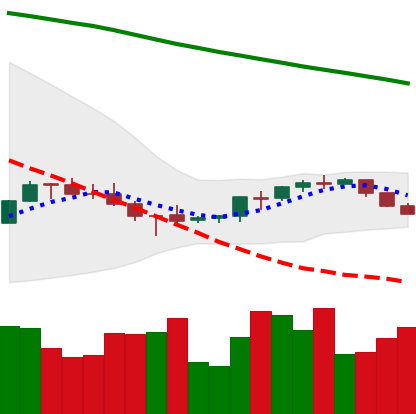
Ticker: BNB-USD
Chart end date: 2022-07-12
Forward return: 12.421%
Label: up_7plus